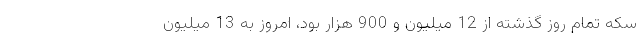
سکه تمام روز گذشته از 12 میلیون و 900 هزار بود، امروز به 13 میلیون